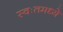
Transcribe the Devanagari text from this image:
स्वःतमध्ये